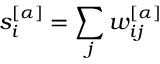
s _ { i } ^ { [ \alpha ] } = \sum _ { j } w _ { i j } ^ { [ \alpha ] }